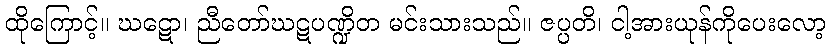
ထိုကြောင့်။ ဃဋော၊ ညီတော်ဃဋပဏ္ဍိတ မင်းသားသည်။ ဇပ္ပတိ၊ ငါ့အားယုန်ကိုပေးလော့